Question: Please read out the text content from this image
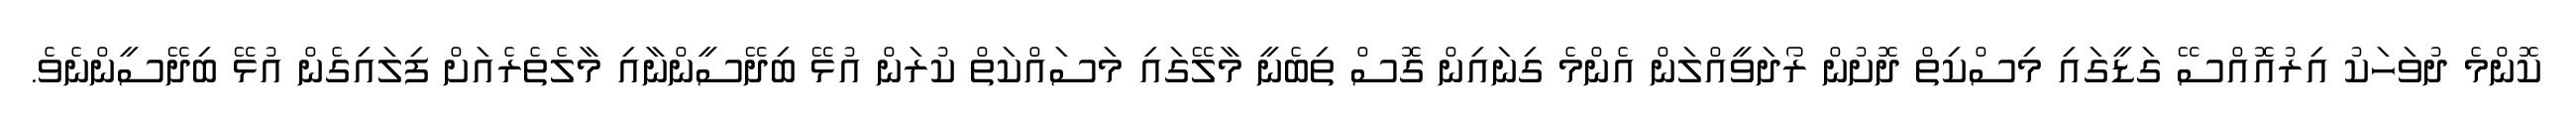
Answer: ކޮންމެ ދުވަހަކު އިރުއޮއްސޭ ގަޑީގައި މިސްކިތް ދޮށުން ރޯދަވީއްލަން އެންމެ ގިނައިން ގޮސް ތިބެނީ މާލޭގައި މަސައްކަތް ކުރަން އުޅޭ ބިދޭސީންނާއި މާލެތެރެއަށް ފިލައިގެން އުޅޭ ބިދޭސީންނެވެ.